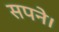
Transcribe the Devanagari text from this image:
सपने।